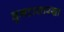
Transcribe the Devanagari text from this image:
घुमटासारखा